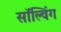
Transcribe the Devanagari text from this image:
सॉल्विंग